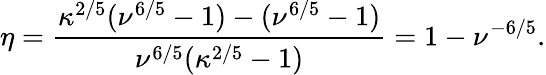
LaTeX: \eta=\frac{\kappa^{2/5}(\nu^{6/5}-1)-(\nu^{6/5}-1)}{\nu^{6/5}(\kappa^{2/5}-1)}=1-\nu^{-6/5}.